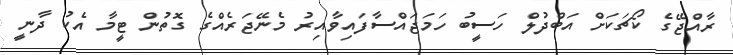
ރާއްޖޭގެ ކޯޗަކަށް އަބްދުލް ހަސީބު ހަމަޖައްސާފައިވާއިރު މެނޭޖަރެއްގެ ގޮތުން ޓީމާ އެކު ދާނީ